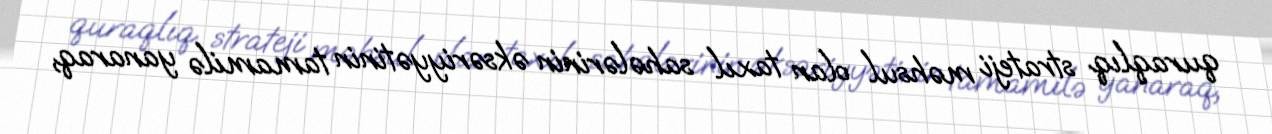
quraqlıq strateji məhsul olan taxıl sahələrinin əksəriyyətinin tamamilə yanaraq,